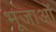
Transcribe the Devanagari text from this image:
भूजाओं